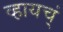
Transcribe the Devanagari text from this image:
व्हायच्ं